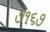
૭૧૬૭